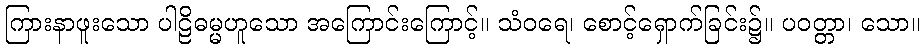
ကြားနာဖူးသော ပါဠိဓမ္မဟူသော အကြောင်းကြောင့်။ သံဝရေ၊ စောင့်ရှောက်ခြင်း၌။ ပဝတ္တာ၊ သော။